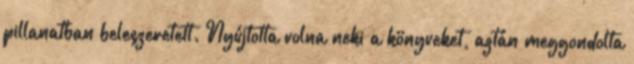
pillanatban beleszeretett. Nyújtotta volna neki a könyveket, aztán meggondolta